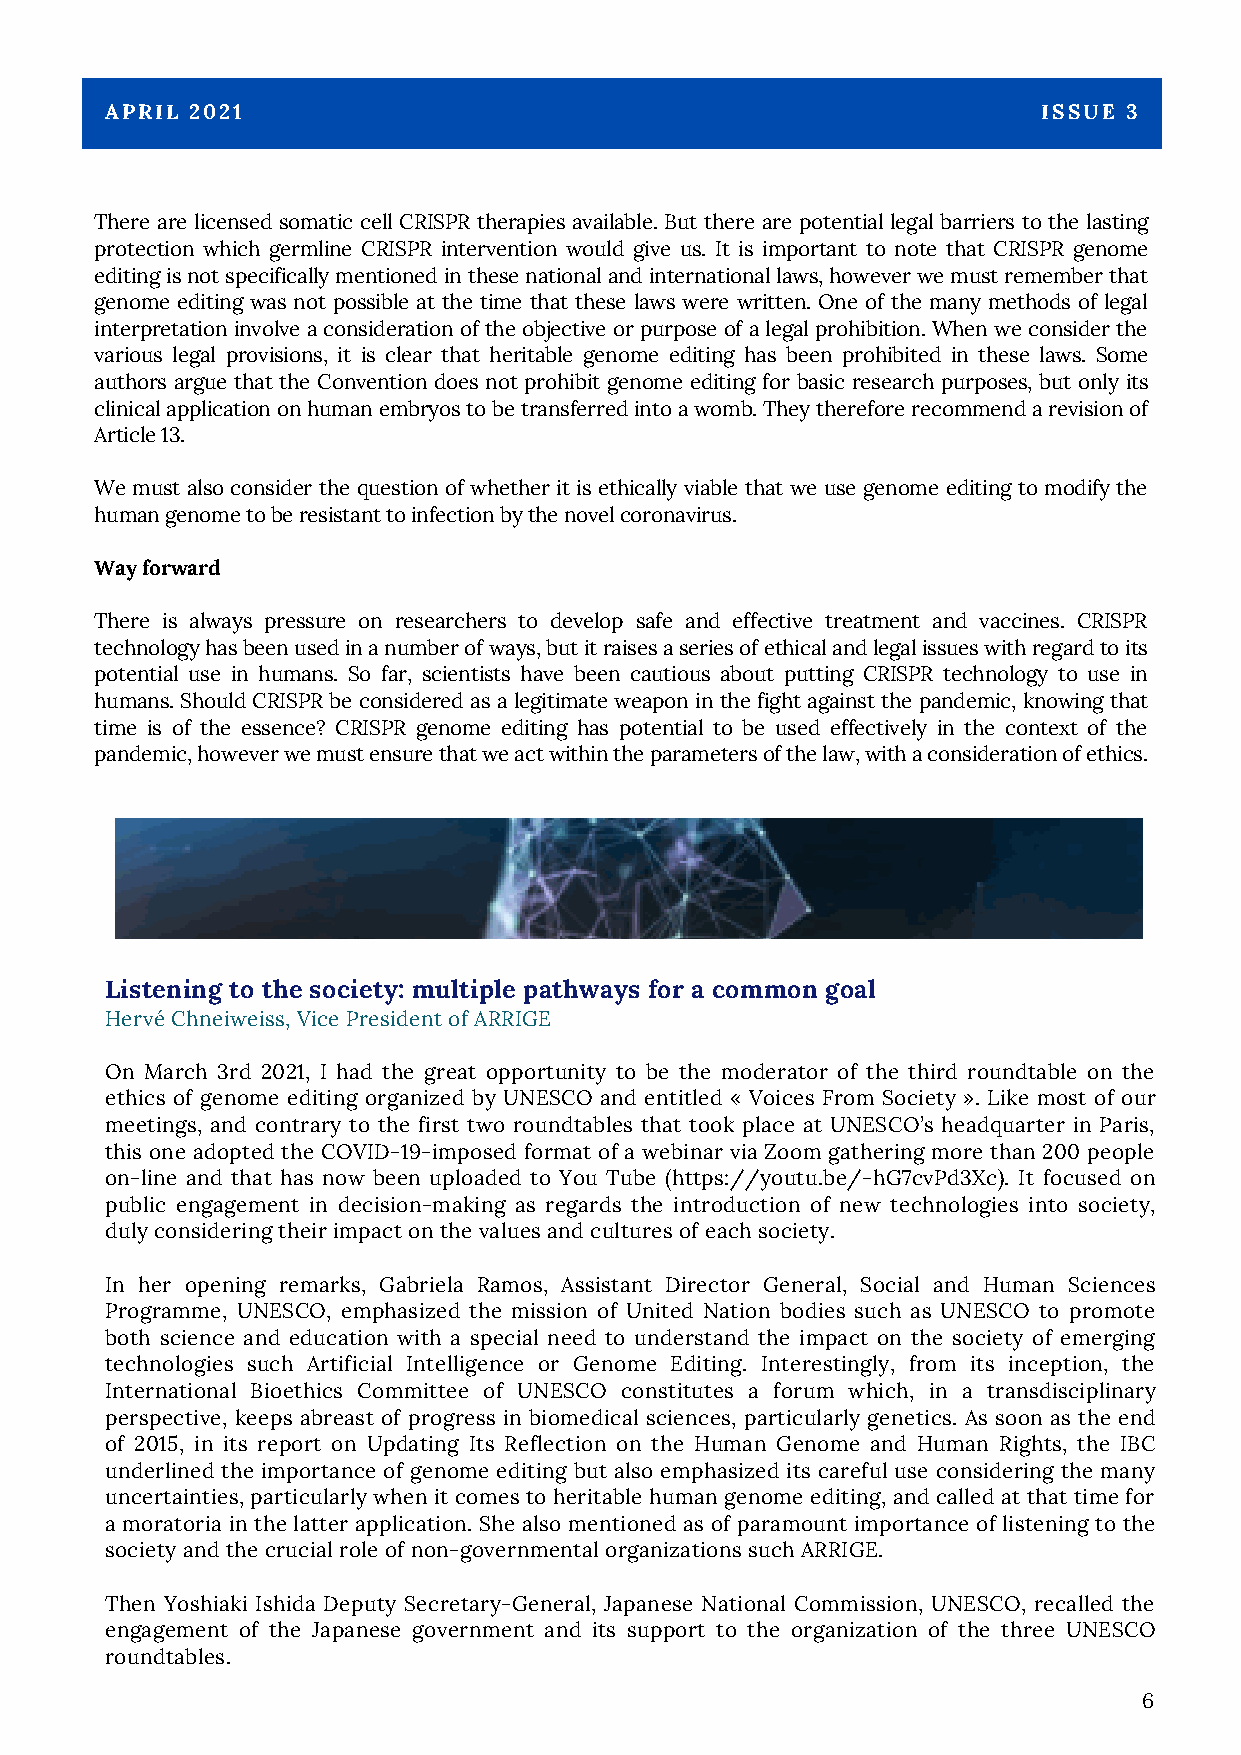
APRIL 2021                                                    ISSUE 3
 There are licensed somatic cell CRISPR therapies available. But there are potential legal barriers to the lasting
 protection which germline CRISPR intervention would give us. It is important to note that CRISPR genome
 editing is not specifically mentioned in these national and international laws, however we must remember that
 genome editing was not possible at the time that these laws were written. One of the many methods of legal
 interpretation involve a consideration of the objective or purpose of a legal prohibition. When we consider the
 various legal provisions, it is clear that heritable genome editing has been prohibited in these laws. Some
 authors argue that the Convention does not prohibit genome editing for basic research purposes, but only its
 clinical application on human embryos to be transferred into a womb. They therefore recommend a revision of
 Article 13.
 We must also consider the question of whether it is ethically viable that we use genome editing to modify the
 human genome to be resistant to infection by the novel coronavirus.
 Way forward
 There is always pressure on researchers to develop safe and effective treatment and vaccines. CRISPR
 technology has been used in a number of ways, but it raises a series of ethical and legal issues with regard to its
 potential use in humans. So far, scientists have been cautious about putting CRISPR technology to use in
 humans. Should CRISPR be considered as a legitimate weapon in the fight against the pandemic, knowing that
 time is of the essence? CRISPR genome editing has potential to be used effectively in the context of the
 pandemic, however we must ensure that we act within the parameters of the law, with a consideration of ethics.
 Listening to the society: multiple pathways for a common goal
 Hervé Chneiweiss, Vice President of ARRIGE
 On March 3rd 2021, I had the great opportunity to be the moderator of the third roundtable on the
 ethics of genome editing organized by UNESCO and entitled « Voices From Society ». Like most of our
 meetings, and contrary to the first two roundtables that took place at UNESCO’s headquarter in Paris,
 this one adopted the COVID-19-imposed format of a webinar via Zoom gathering more than 200 people
 on-line and that has now been uploaded to You Tube (https://youtu.be/-hG7cvPd3Xc). It focused on
 public engagement in decision-making as regards the introduction of new technologies into society,
 duly considering their impact on the values and cultures of each society.
 In her opening remarks, Gabriela Ramos, Assistant Director General, Social and Human Sciences
 Programme, UNESCO, emphasized the mission of United Nation bodies such as UNESCO to promote
 both science and education with a special need to understand the impact on the society of emerging
 technologies such Artificial Intelligence or Genome Editing. Interestingly, from its inception, the
 International Bioethics Committee of UNESCO constitutes a forum which, in a transdisciplinary
 perspective, keeps abreast of progress in biomedical sciences, particularly genetics. As soon as the end
 of 2015, in its report on Updating Its Reflection on the Human Genome and Human Rights, the IBC
 underlined the importance of genome editing but also emphasized its careful use considering the many
 uncertainties, particularly when it comes to heritable human genome editing, and called at that time for
 a moratoria in the latter application. She also mentioned as of paramount importance of listening to the
 society and the crucial role of non-governmental organizations such ARRIGE.
 Then Yoshiaki Ishida Deputy Secretary-General, Japanese National Commission, UNESCO, recalled the
 engagement of the Japanese government and its support to the organization of the three UNESCO
 roundtables.
 6